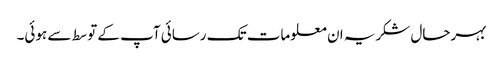
بہرحال شکریہ ان معلومات تک رسائی آپ کے توسط سے ہوئی۔